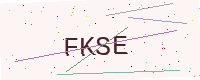
Text: FKSE